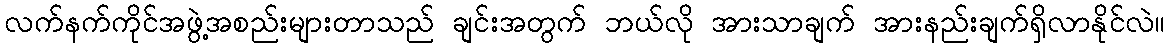
လက်နက်ကိုင်အဖွဲ့အစည်းများတာသည် ချင်းအတွက် ဘယ်လို အားသာချက် အားနည်းချက်ရှိလာနိုင်လဲ။